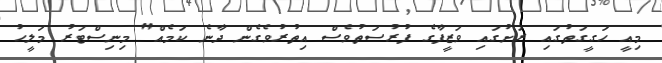
މިއީ ހަގީގަތުގައި ރަށުގައި ވަޒީފާގެ ފުރުސަތުވެސް އިތުރުވެގެން ދާނެ ކަމެއް" މިނިސްޓަރު މަލީހު